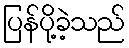
ပြန်ပို့ခဲ့သည်